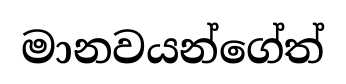
මානවයන්ගේත්